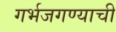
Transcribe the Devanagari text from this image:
गर्भजगण्याची